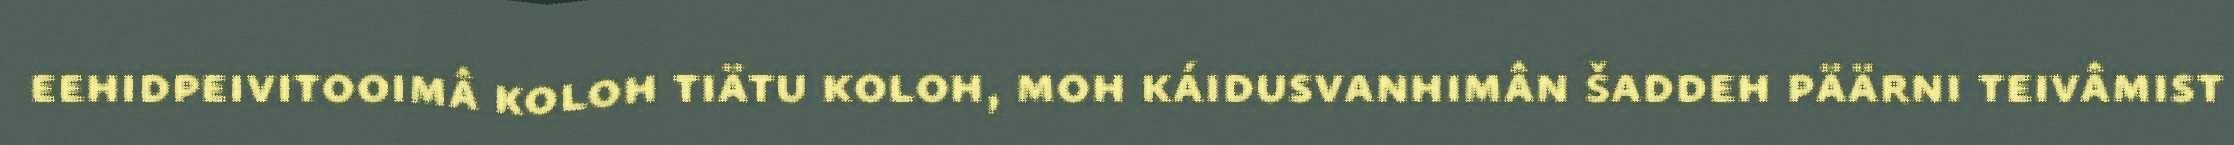
eehidpeivitooimâ koloh tiätu koloh, moh káidusvanhimân šaddeh päärni teivâmist